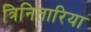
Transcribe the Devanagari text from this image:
त्रिनितारिया